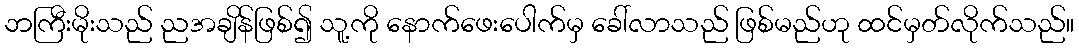
ဘကြီးမိုးသည် ညအချိန်ဖြစ်၍ သူ့ကို နောက်ဖေးပေါက်မှ ခေါ်လာသည် ဖြစ်မည်ဟု ထင်မှတ်လိုက်သည်။